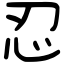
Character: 忍